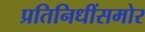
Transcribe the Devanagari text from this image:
प्रतिनिधींसमोर